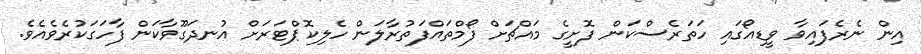
އިން ނެރެފައިވާ ވީޑިއޯގައި ހަތަރެސްކަން ފޮށީގެ މައްޗަށް ފޯމްތައްފަތުރާލަން ހެލިކޮޕްޓަރަށް އުނދަގޫވާކަން ފާހަގަކުރެވެއެވެ.